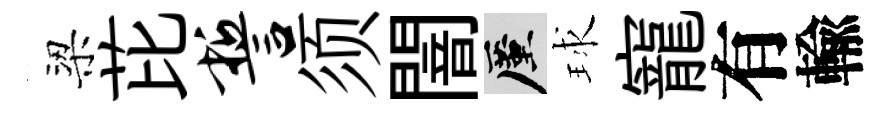
梁芘誓须闇厪球寵有輸